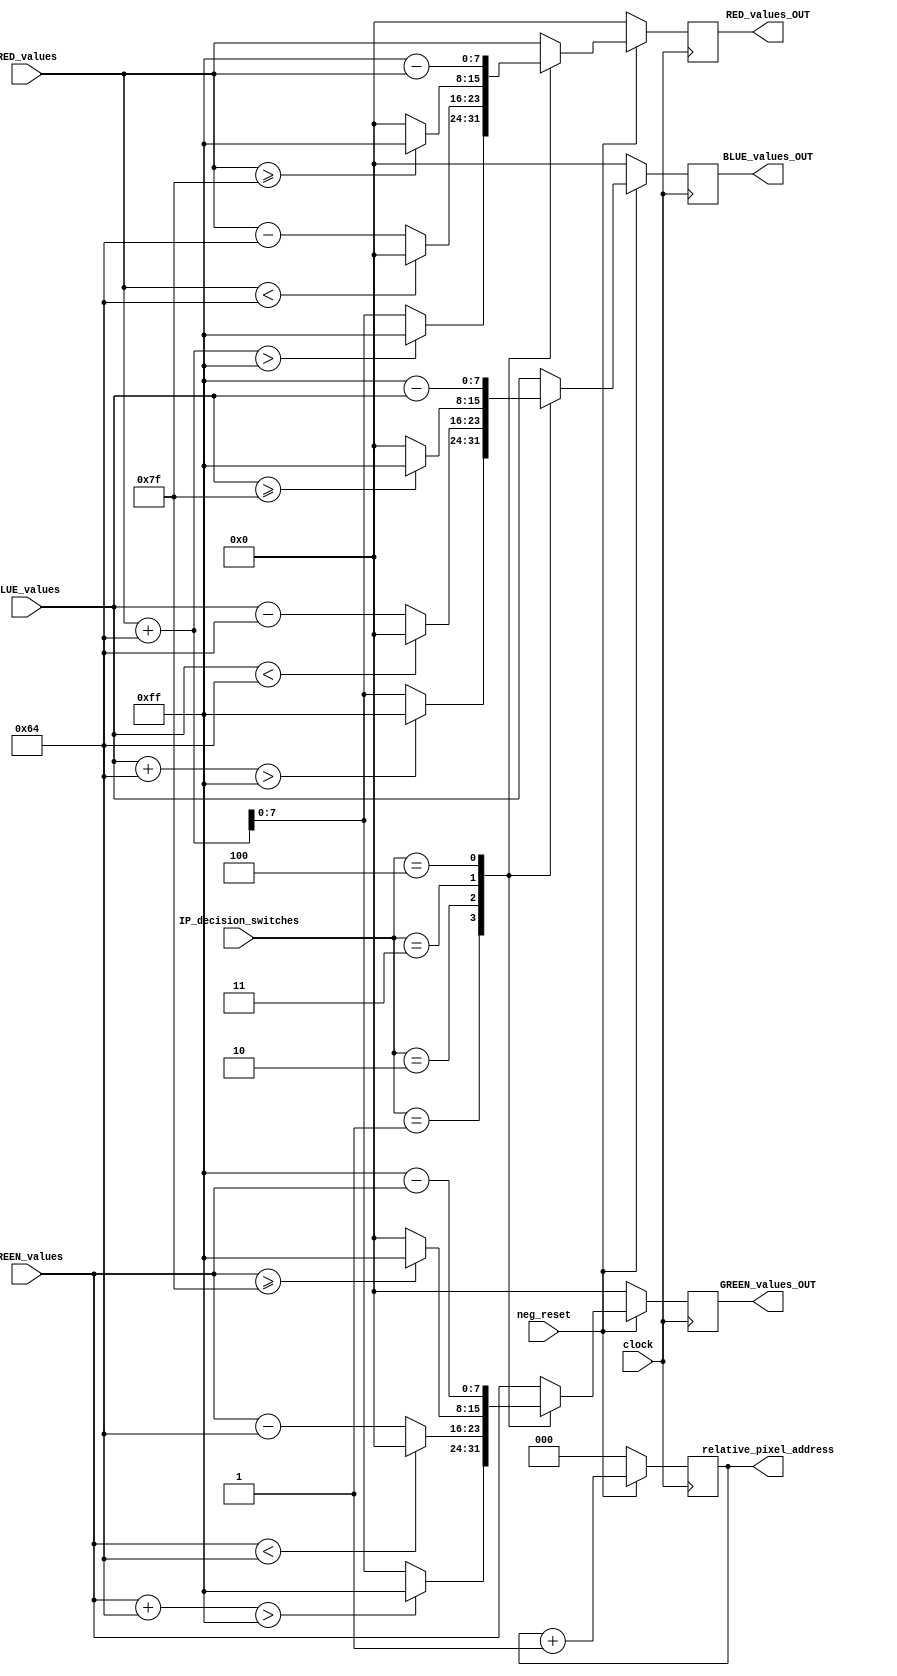
// ============================================================================
//   Ver  :| Author					:| Mod. Date :| Changes Made:
//   V1.1 :| Shehab Hesham			:| 20/11/2023:| Module Created
// ============================================================================

module IMAGE_PROCESSING #(
	parameter add_to = 100,
	parameter subtract_from = 100,
	parameter threshold = 127
)(
	input wire clock,
	input wire neg_reset,
	input wire [9:0] IP_decision_switches,
	input wire [7:0] RED_values,
	input wire [7:0] GREEN_values,
	input wire [7:0] BLUE_values,
	output wire [7:0] RED_values_OUT,
	output wire [7:0] GREEN_values_OUT,
	output wire [7:0] BLUE_values_OUT,
	output wire [2:0] relative_pixel_address
);

	reg [7:0] RED;
	reg [7:0] GREEN;
	reg [7:0] BLUE;
	reg [2:0] work_address; // we only use 8 pixels per module instantiation

	assign relative_pixel_address = work_address;
	assign RED_values_OUT = RED;
	assign GREEN_values_OUT = GREEN;
	assign BLUE_values_OUT = BLUE;

	initial begin
		// Initialize pixel values
		RED = 0;
		GREEN = 0;
		BLUE = 0;
		work_address = 0;
	end

	always @(posedge clock) begin
		if (~neg_reset) begin
			// Synchronous reset
			RED <= 0;
			GREEN <= 0;
			BLUE <= 0;
			work_address <= 0;
		end
		else begin
			
			case (IP_decision_switches)
				10'b0000000000: begin
					// ORIGINAL
					RED <= RED_values;
					GREEN <= GREEN_values;
					BLUE <= BLUE_values;
				end
				10'b0000000001: begin
					// ADD_BRIGHTNESS
					/*RED <= RED_values + add_to;
					GREEN <= GREEN_values + add_to;
					BLUE <= BLUE_values + add_to;
					if (RED > 255) RED <= 255;
					if (BLUE > 255) BLUE <= 255;
					if (GREEN > 255) GREEN <= 255;*/
					RED <= (RED_values + add_to > 255) ? 255 : RED_values + add_to; 
					GREEN <= (GREEN_values + add_to > 255) ? 255 : RED_values + add_to; 
					BLUE <= (BLUE_values + add_to > 255) ? 255 : RED_values + add_to; 
				end
				10'b0000000010: begin
					// SUBTRACT_BRIGHTNESS
					/*RED <= RED_values - subtract_from;
					GREEN <= GREEN_values - subtract_from;
					BLUE <= BLUE_values - subtract_from;
					if (RED < 0) RED <= 0;
					if (BLUE < 0) BLUE <= 0;
					if (GREEN < 0) GREEN <= 0;*/
					RED <= (RED_values < subtract_from ) ? 0 : RED_values - subtract_from; 
					GREEN <= (GREEN_values < subtract_from ) ? 0 : GREEN_values - subtract_from; 
					BLUE <= (BLUE_values < subtract_from ) ? 0 : BLUE_values - subtract_from; 
				end
				10'b0000000011: begin
					// THRESHOLD
					RED <= (RED_values >= threshold) ? 255 : 0;
					GREEN <= (GREEN_values >= threshold) ? 255 : 0;
					BLUE <= (BLUE_values >= threshold) ? 255 : 0;
				end
				10'b0000000100: begin
					// INVERSION
					RED <= 255 - RED_values;
					GREEN <= 255 - GREEN_values;
					BLUE <= 255 - BLUE_values;
				end
				// Add more cases as necessary
				default: begin
					RED <= RED_values;
					GREEN <= GREEN_values;
					BLUE <= BLUE_values;
				end
			endcase
			
			// Increment the address counter
			work_address <= work_address + 1;
			

		end
	end
endmodule